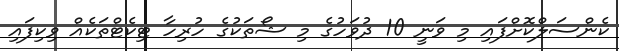
ކެންސަލްކޮށްފައި މި ވަނީ 10 ދުވަހުގެ މި ޝޯތަކުގެ ހުރިހާ ޓިކެޓްތަކެއް ވިކިފައި